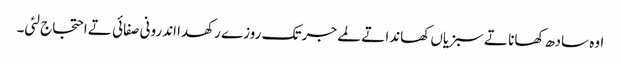
اوہ سادھ کھانا تے سبزیاں کھاندا تے لمے جر تک روزے رکھدا اندرونی صفائی تے احتجاج لئی۔